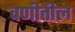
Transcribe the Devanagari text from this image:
वणीतील